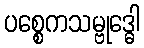
ပစ္စေကသမ္ဗုဒ္ဓေါ